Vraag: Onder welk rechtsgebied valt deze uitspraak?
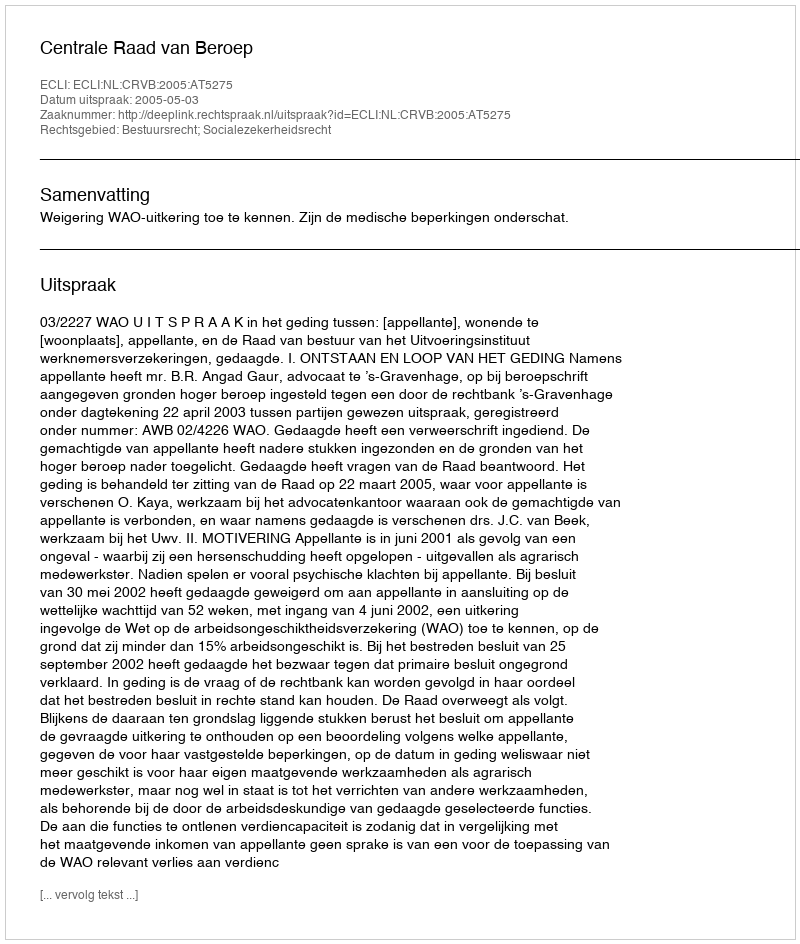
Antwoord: Bestuursrecht; Socialezekerheidsrecht